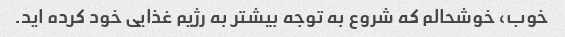
خوب، خوشحالم که شروع به توجه بیشتر به رژیم غذایی خود کرده اید.